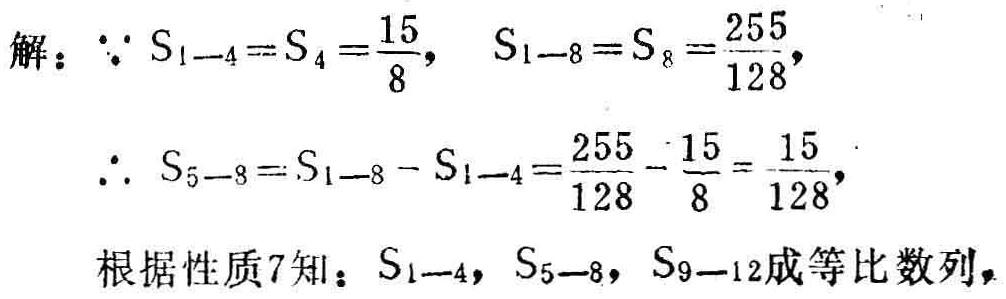
解：$\because S_{1 - 4}=S_{4}=\frac{15}{8},\ S_{1 - 8}=S_{8}=\frac{255}{128},$
$\therefore S_{5 - 8}=S_{1 - 8}-S_{1 - 4}=\frac{255}{128}-\frac{15}{8}=\frac{15}{128},$
根据性质7知：$S_{1 - 4},\ S_{5 - 8},\ S_{9 - 12}$成等比数列，